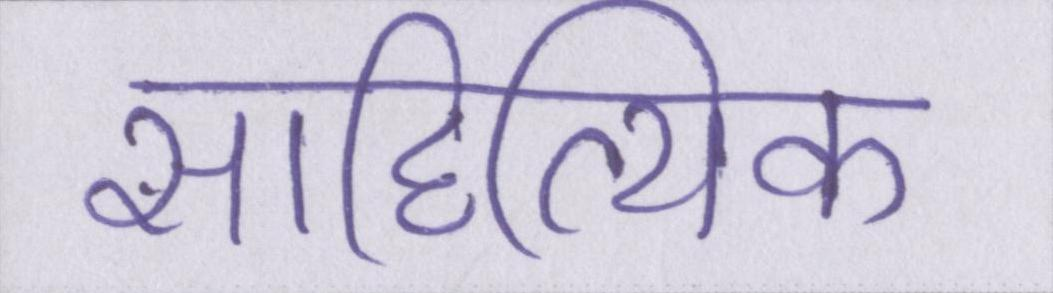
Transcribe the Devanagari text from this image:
साहित्यिक